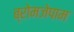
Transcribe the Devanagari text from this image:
ब्रोमजेपाम